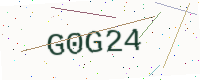
Text: G0G24